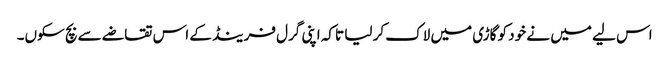
اس لیے میں نے خود کو گاڑی میں لاک کر لیا تاکہ اپنی گرل فرینڈ کے اس تقاضے سے بچ سکوں۔